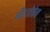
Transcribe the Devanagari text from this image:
बीटथोवेन